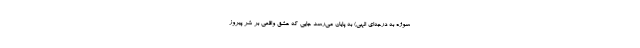
سوژه به درجه‌ای الهی) به پایان می‌رسد جایی که عشق واقعی بر شر پیروز